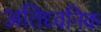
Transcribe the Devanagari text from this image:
अतिध्वनिक